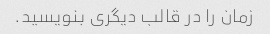
زمان را در قالب دیگری بنویسید.